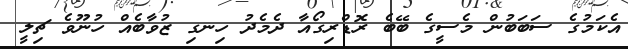
އެކަމުގެ ސަބަބުން މެސީގެ ބޭބެ ރޮޑްރިގޯއާ ދެމެދު ހިނގި ޒުވާބެއް ހުނޫވެ ޗިލީ